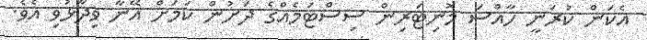
އެކަން ކުރަނީ ހާއްސަ މޮނިޓަރިން ސިސްޓަމެއްގެ ދަށުން ކަމަށް އޭނާ ވިދާޅުވި އެވެ.